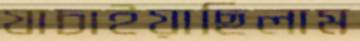
যাচাইয়াছিলাম